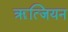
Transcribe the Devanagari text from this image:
ॠत्जियन